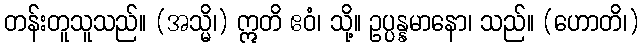
တန်းတူသူသည်။ (အသ္မိ၊) ဣတိ ဧဝံ၊ သို့။ ဥပ္ပန္နမာနော၊ သည်။ (ဟောတိ၊)